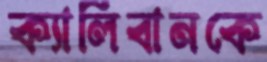
ক্যালিবানকে